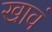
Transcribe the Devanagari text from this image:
खावं